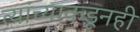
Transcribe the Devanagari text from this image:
त्यांच्याकडूनही